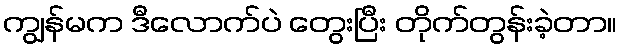
ကျွန်မက ဒီလောက်ပဲ တွေးပြီး တိုက်တွန်းခဲ့တာ။